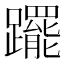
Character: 𨇑